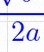
2a